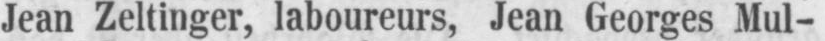
Jean Zeltinger, laboureurs, Jean Georges Mul-